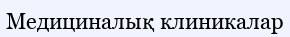
Медициналық клиникалар